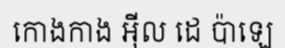
កោងកាង អ៊ីល ដេ ប៉ាឡេ